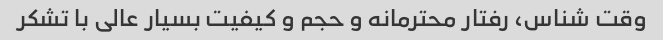
وقت شناس، رفتار محترمانه و حجم و کیفیت بسیار عالی با تشکر